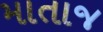
માતાજ